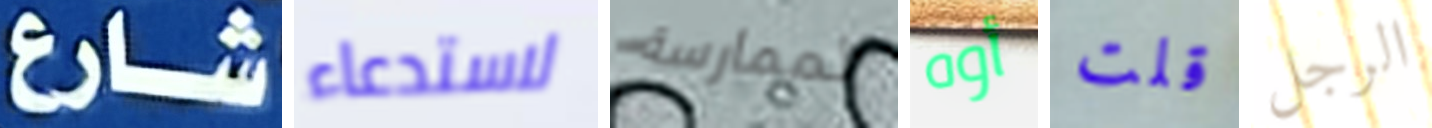
شارع لاستدعاء لممارسة أوه قلت الرجل